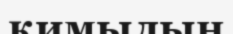
қимылың